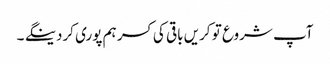
آپ شروع تو کریں باقی کی کسر ہم پوری کردینگے ۔